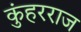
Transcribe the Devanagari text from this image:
कुंहरराज